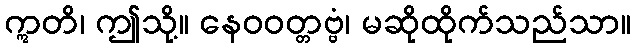
ဣတိ၊ ဤသို့။ နေဝဝတ္တဗ္ဗံ၊ မဆိုထိုက်သည်သာ။